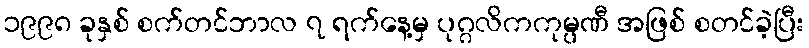
၁၉၉၈ ခုနှစ် စက်တင်ဘာလ ၇ ရက်နေ့မှ ပုဂ္ဂလိကကုမ္ပဏီ အဖြစ် စတင်ခဲ့ပြီး